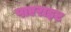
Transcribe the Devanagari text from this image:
पाएराइट